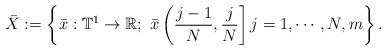
LaTeX: \begin{align*} \bar{X} : = \left\{ \bar{x} : \mathbb{T}^1 \to \mathbb{R} ; \ \bar{x} \left( \frac{j-1}{N}, \frac{j}{N} \right] j=1, \cdots, N, m \right\}.\end{align*}